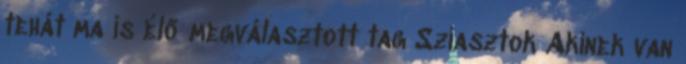
tehát ma is élő megválasztott tag Sziasztok Akinek van